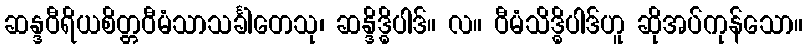
ဆန္ဒဝီရိယစိတ္တဝီမံသာသင်္ခါတေသု၊ ဆန္ဒိဒ္ဓိပါဒ်။ လ။ ဝီမံသိဒ္ဓိပါဒ်ဟူ ဆိုအပ်ကုန်သော။